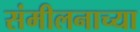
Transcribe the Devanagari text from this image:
संमीलनाच्या